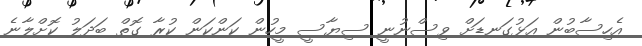
އެހިސާބުން އަޅުގަނޑަށް ވިސްނުނީ ސިޔާސީ މީހުން ކަންކަން ކުރާ ގޮތް ބަދަލު ކޮށްލާނެ